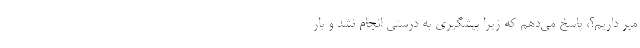
میر داریم؟، پاسخ می‌دهم که زیرا پیشگیری به درستی انجام نشد و بار